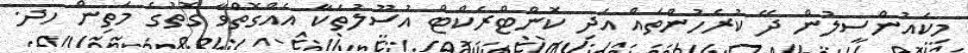
މިކައުންސިލުން ދޭ ކުރެހުންތައް އަދި ކޮންޓްރެކްޓް އުސޫލުތަކާ އެއްގޮތްވާ ގޮތުގެ މަތިން ހދ.